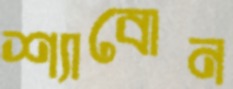
শ্যাবোন